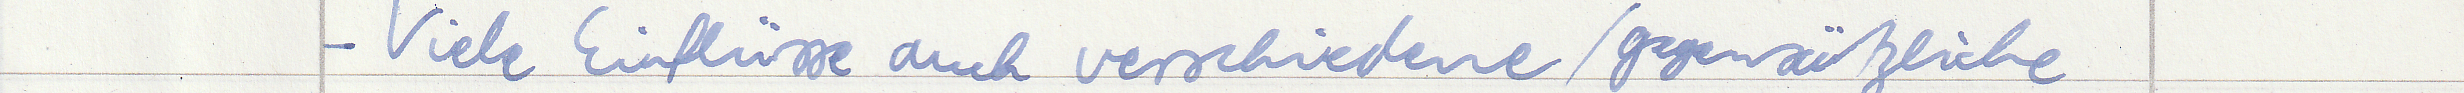
- Viele Einflüsse auch verschiedene / gegensätzliche